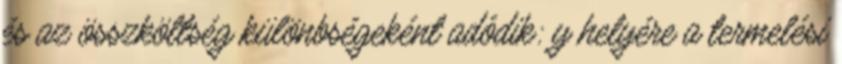
és az összköltség különbségeként adódik: y helyére a termelési